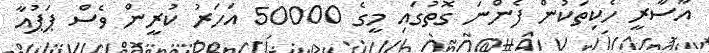
އާސާރީ ހެކިތަކުން ފެންނަ ގޮތުގައި މީގެ 50000 އަހަރު ކުރީން ވެސް ޕަޕުއާ